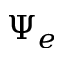
\Psi _ { e }